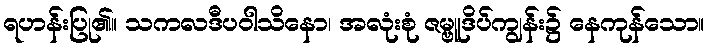
ရဟန်းပြု၏။ သကလဒီပဝါသိနော၊ အလုံးစုံ ဇမ္ဗူဒိပ်ကျွန်း၌ နေကုန်သော။